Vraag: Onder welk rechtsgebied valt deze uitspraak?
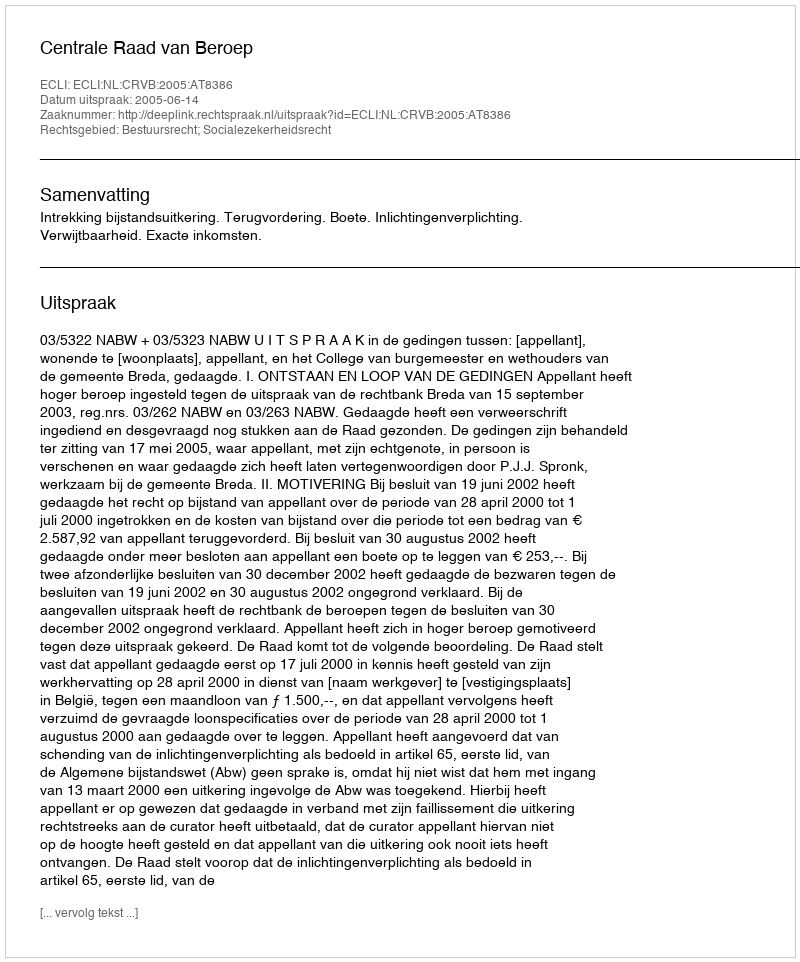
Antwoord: Bestuursrecht; Socialezekerheidsrecht